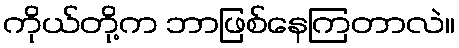
ကိုယ်တို့က ဘာဖြစ်နေကြတာလဲ။